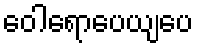
ဝေါရောပေယျပေ